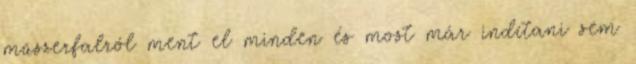
műszerfalról ment el minden és most már indítani sem